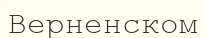
Верненском